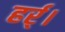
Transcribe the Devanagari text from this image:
हर्र्।